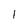
Character: 1